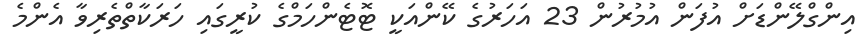
އިންގްލޭންޑަށް އުފަން އުމުރުން 23 އަހަރުގެ ކޭންއަކީ ޓޮޓެންހަމްގެ ކުރީގައި ހަރަކާތްތެރިވާ އެންމެ